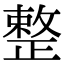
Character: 整